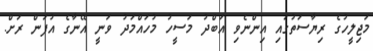
މަޖިލީހުގެ ރިޔާސަތުގައި އިންނެވި އަބްދު މަސީހު މުހައްމަދު ވަނީ އޭނާގެ އުފަން ރަށް.